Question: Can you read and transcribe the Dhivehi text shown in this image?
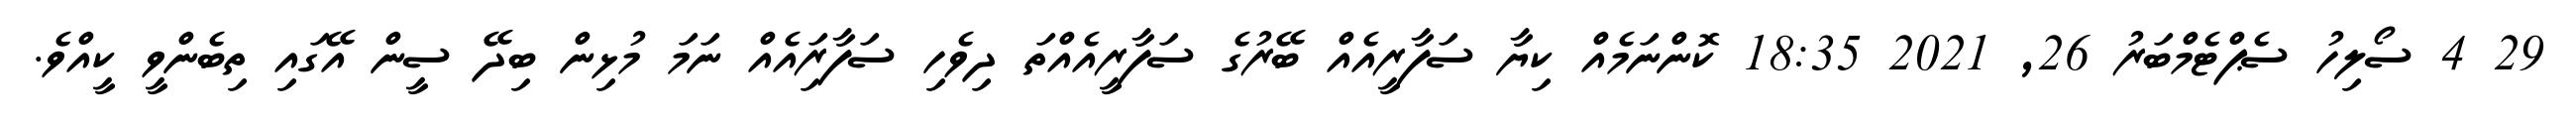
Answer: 29 4 ސޯލިހު ސެޕްޓެމްބަރު 26, 2021 18:35 ކޮންނަމެއް ކިޔާ ސަފާރީއެއް ބޭރުގެ ސަފާރީއެއްތަ ދިވެހި ސަފާރަިއެއް ނަމަ މުޅިން ބިދޭ ސީން އޭގައި ތިބެންވީ ކީއްވެ.